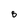
Character: B